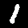
Label: 1